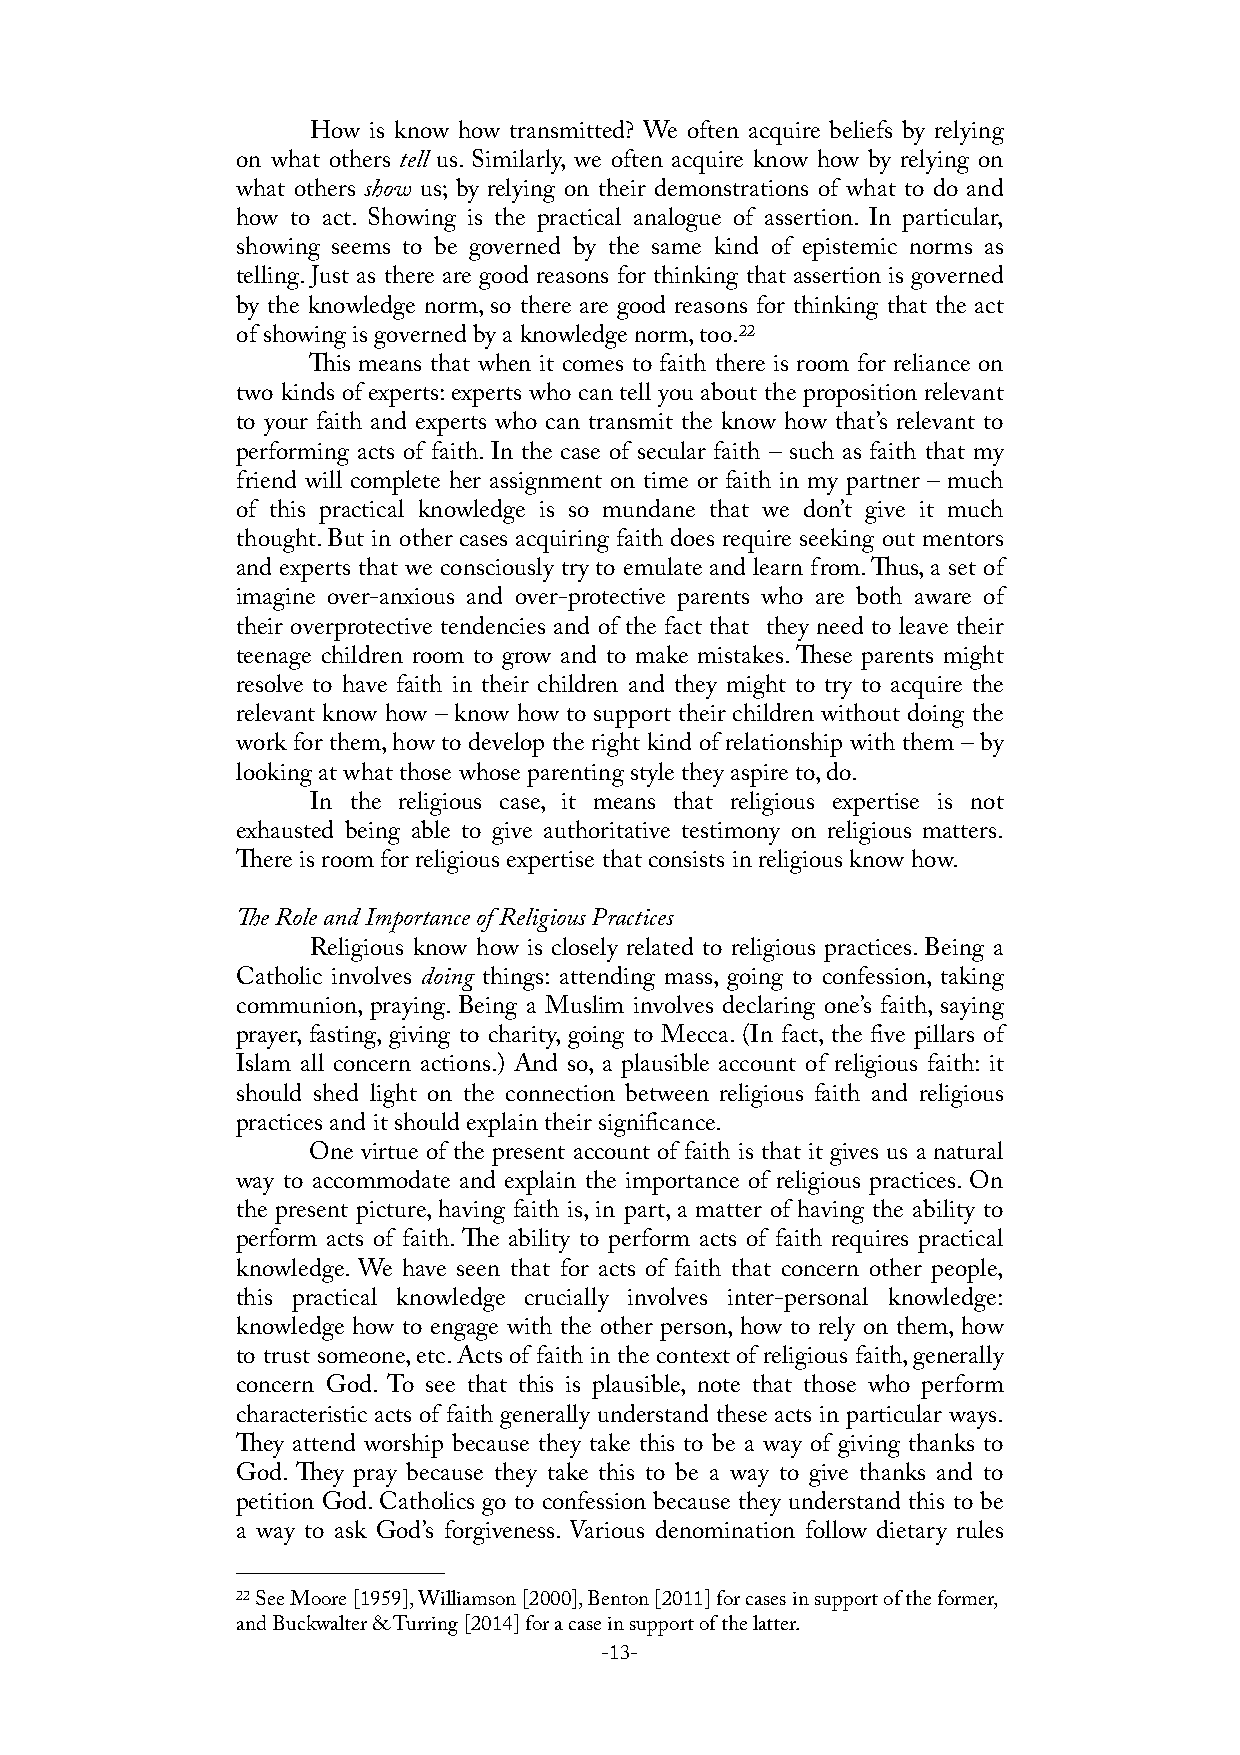
How is know how transmitted? We often acquire beliefs by relying
 on what others tell us. Similarly, we often acquire know how by relying on
 what others show us; by relying on their demonstrations of what to do and
 how to act. Showing is the practical analogue of assertion. In particular,
 showing seems to be governed by the same kind of epistemic norms as
 telling. Just as there are good reasons for thinking that assertion is governed
 by the knowledge norm, so there are good reasons for thinking that the act
 of showing is governed by a knowledge norm, too.22
 is means that when it comes to faith there is room for reliance on
 two kinds of experts: experts who can tell you about the proposition relevant
 to your faith and experts who can transmit the know how that’s relevant to
 performing acts of faith. In the case of secular faith – such as faith that my
 friend will complete her assignment on time or faith in my partner – much
 of this practical knowledge is so mundane that we don’t give it much
 thought. But in other cases acquiring faith does require seeking out mentors
 and experts that we consciously try to emulate and learn from. us, a set of
 imagine over-anxious and over-protective parents who are both aware of
 their overprotective tendencies and of the fact that they need to leave their
 teenage children room to grow and to make mistakes. ese parents might
 resolve to have faith in their children and they might to try to acquire the
 relevant know how – know how to support their children without doing the
 work for them, how to develop the right kind of relationship with them – by
 looking at what those whose parenting style they aspire to, do.
 In the religious case, it means that religious expertise is not
 exhausted being able to give authoritative testimony on religious matters.
 ere is room for religious expertise that consists in religious know how.
 e Role and Importance of Religious Practices
 Religious know how is closely related to religious practices. Being a
 Catholic involves doing things: attending mass, going to confession, taking
 communion, praying. Being a Muslim involves declaring one’s faith, saying
 prayer, fasting, giving to charity, going to Mecca. (In fact, the five pillars of
 Islam all concern actions.) And so, a plausible account of religious faith: it
 should shed light on the connection between religious faith and religious
 practices and it should explain their significance.
 One virtue of the present account of faith is that it gives us a natural
 way to accommodate and explain the importance of religious practices. On
 the present picture, having faith is, in part, a matter of having the ability to
 perform acts of faith. e ability to perform acts of faith requires practical
 knowledge. We have seen that for acts of faith that concern other people,
 this practical knowledge crucially involves inter-personal knowledge:
 knowledge how to engage with the other person, how to rely on them, how
 to trust someone, etc. Acts of faith in the context of religious faith, generally
 concern God. To see that this is plausible, note that those who perform
 characteristic acts of faith generally understand these acts in particular ways.
 ey attend worship because they take this to be a way of giving thanks to
 God. ey pray because they take this to be a way to give thanks and to
 petition God. Catholics go to confession because they understand this to be
 a way to ask God’s forgiveness. Various denomination follow dietary rules
 22 See Moore [1959], Williamson [2000], Benton [2011] for cases in support of the former,
 and Buckwalter & Turring [2014] for a case in support of the latter.
 -13-